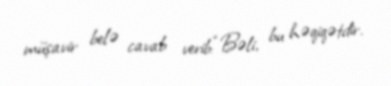
müşavir belə cavab verib:“Bəli, bu həqiqətdir.